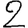
Digit: 2